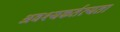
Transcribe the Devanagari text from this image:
अवश्यकर्तव्यता